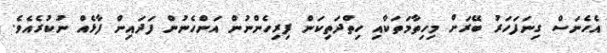
އެހެނަސް ގިނަފަހަރު ބޭރަށް މިހިތާމަތަކާއި ހިތްދަތިކަން ފިރިހެންނުން އަންހެނުން ފަދައިން ފާޅެއް ނުކުރެއެވެ.